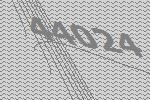
44024